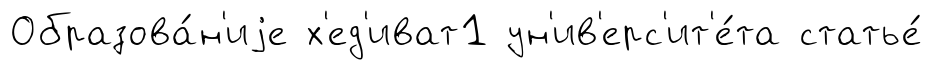
Образова́н'иjе х'ед'иват1 ун'ив'ерс'ит'е́та статье́